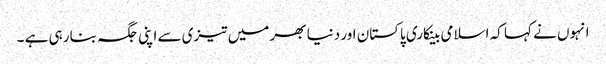
انہوں نے کہا کہ اسلامی بینکاری پاکستان اور دنیا بھر میں تیزی سے اپنی جگہ بنا رہی ہے ۔